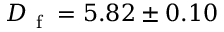
D _ { \mathrm { ~ f ~ } } = 5 . 8 2 \pm 0 . 1 0